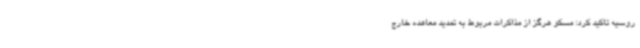
روسیه تاکید کرد: مسکو هرگز از مذاکرات مربوط به تمدید معاهده خارج